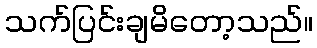
သက်ပြင်းချမိတော့သည်။